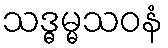
သဒ္ဓမ္မသဝနံ